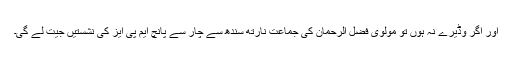
اور اگر وڈیرے نہ ہوں تو مولوی فضل الرحمان کی جماعت نارتھ سندھ سے چار سے پانچ ایم پی ایز کی نشستیں جیت لے گی۔